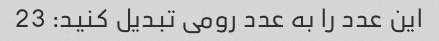
این عدد را به عدد رومی تبدیل کنید: 23